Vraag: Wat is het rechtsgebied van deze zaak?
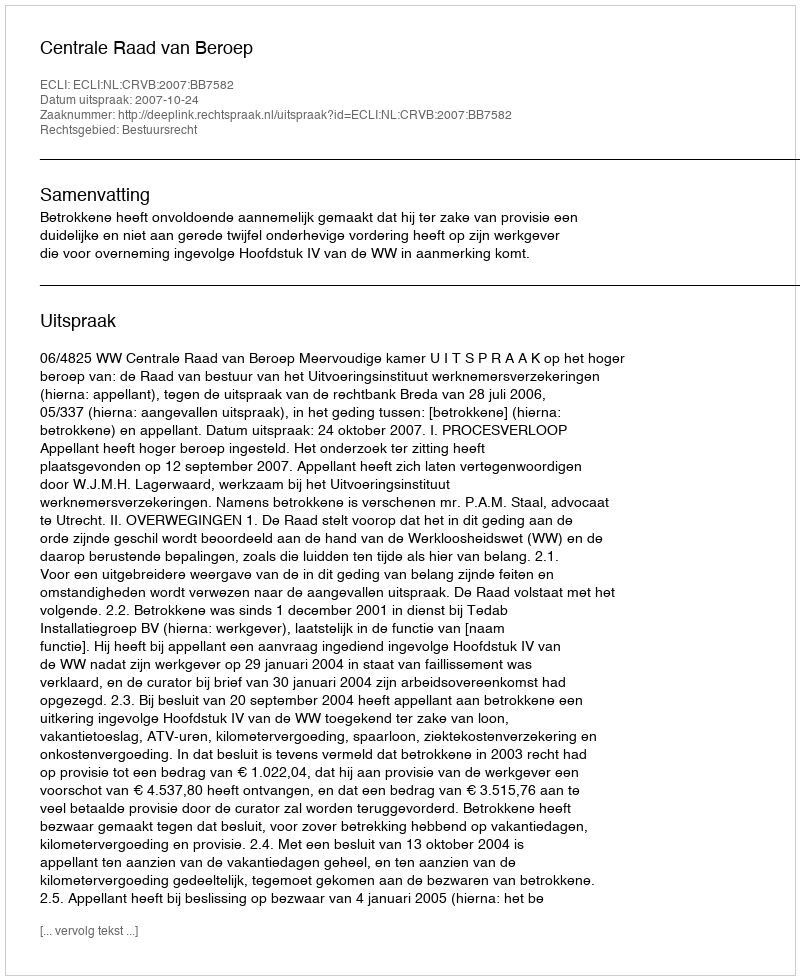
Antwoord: Bestuursrecht